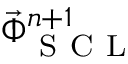
\vec { \Phi } _ { \mathrm { ~ S ~ C ~ L ~ } } ^ { n + 1 }